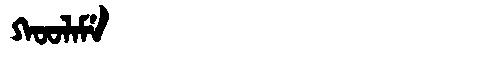
Manchu: ᡴᠣᠣᠯᠠᠮᡝ
Romanization: KOOLAME